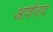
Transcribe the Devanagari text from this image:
आर्शवाद